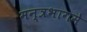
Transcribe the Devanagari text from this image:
मन्त्रभागमे